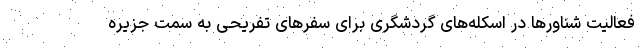
فعالیت شناورها در اسکله‌های گردشگری برای سفرهای تفریحی به سمت جزیره